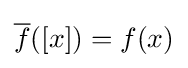
{\overline {f}}([x])=f(x)